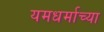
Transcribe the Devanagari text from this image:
यमधर्माच्या